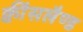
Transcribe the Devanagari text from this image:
क्वींसलैण्ड